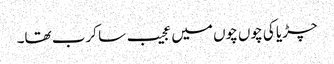
چڑیا کی چوں چوں میں عجیب سا کرب تھا۔